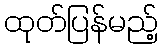
ထုတ်ပြန်မည့်